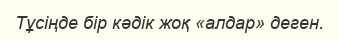
Тұсіңде бір кәдік жоқ «алдар» деген.